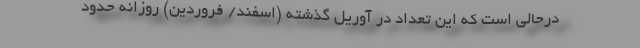
درحالی است که این تعداد در آوریل گذشته (اسفند/ فروردین) روزانه حدود